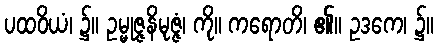
ပထဝိယံ၊ ၌။ ဥမ္မုဇ္ဇနိမုဇ္ဇံ၊ ကို။ ကရောတိ၊ ၏။ ဥဒကေ၊ ၌။